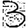
Digit: 3